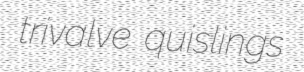
trivalve quislings